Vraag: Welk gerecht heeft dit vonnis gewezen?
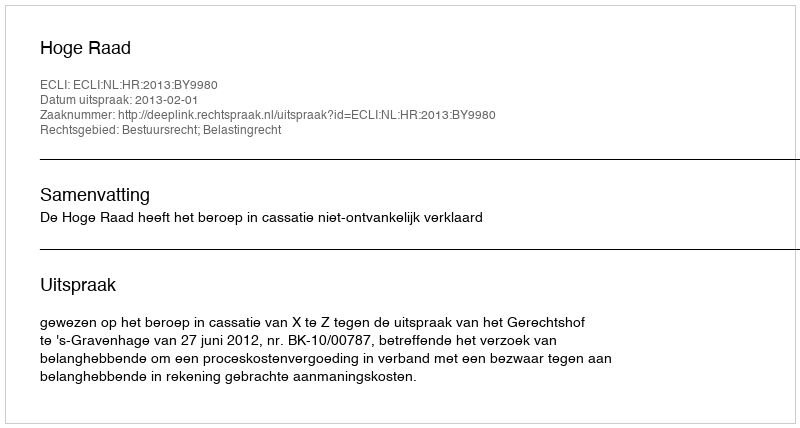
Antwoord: Hoge Raad